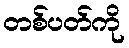
တစ်ပတ်ကို